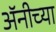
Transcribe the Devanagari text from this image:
अॅनीच्या